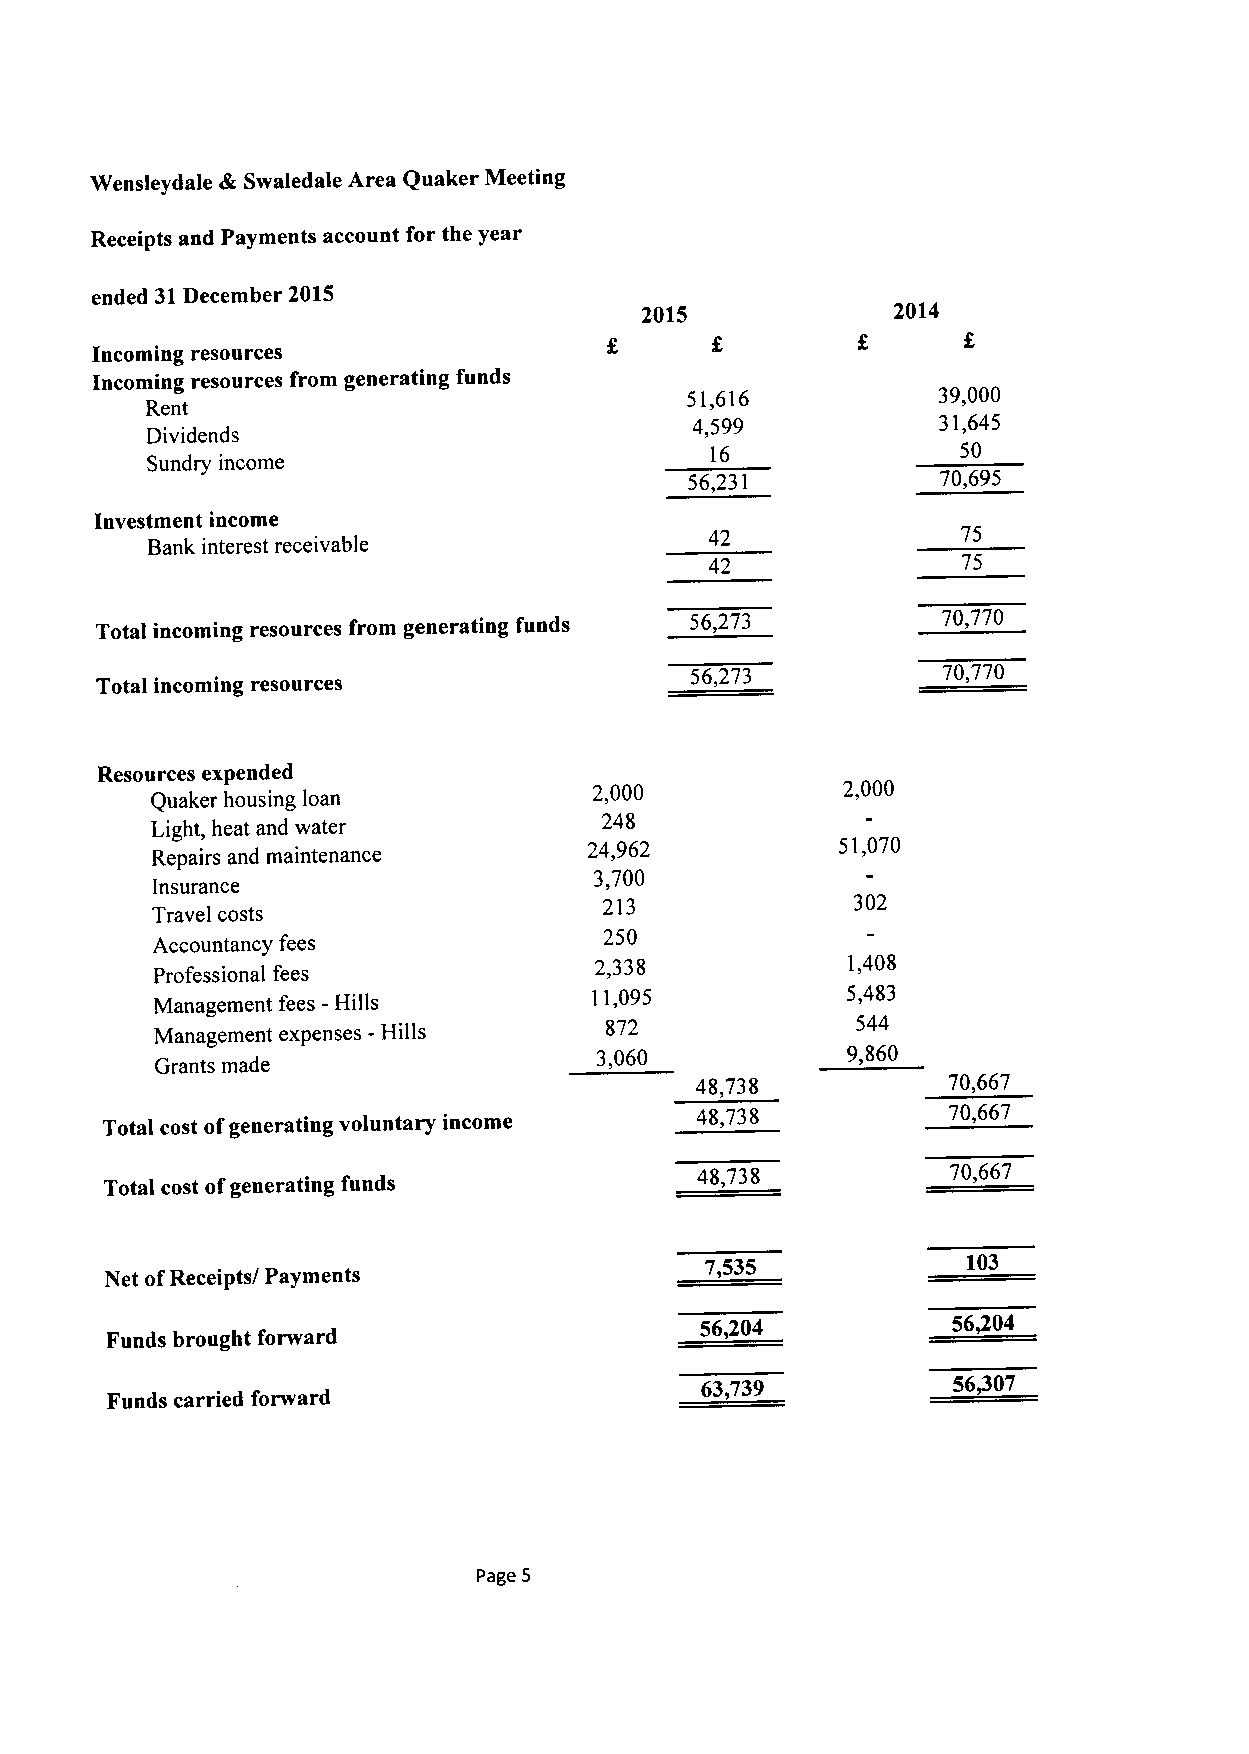
4
 Wensleydale Swaledale Area Quaker Meeting
 Receipts and Payments account for the year
 ended 31December 2015
 2015             2014
 Incoming resources
 Incoming resources from generating funds
 51,616           39,000
 Rent
 4,599           31,645
 Dividends
 16               50
 Sundry income
 56,231          70,695
 Investment income
 42               75
 Bank interest receivable
 42               75
 Total incoming resources from generating funds 56,273   70,770
 Total incoming resources
 56,273          70,770
 Resources expended
 Quaker housing loan
 2,000            2,000
 248
 Light, heat and water
 Repairs and maintenance
 24,962           51,070
 3,700
 Insurance
 213              302
 Travel costs
 250
 Accountancy fees
 Professional fees
 2,338            1,408
 Management fees -Hills       11,095           5,483
 Management expenses -Hills    872              544
 3,060            9,860
 Grants made
 48,738           70,667
 Total cost ofgenerating voluntary income 48,738         70,667
 48,738           70,667
 Total cost ofgenerating funds
 7,535            103
 Net ofReceipts/ Payments
 56/04
 56,204
 Funds brought forward
 63,739           56P07
 Funds carried forward
 Page 5